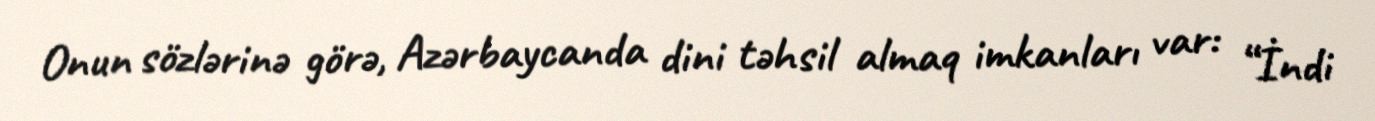
Onun sözlərinə görə, Azərbaycanda dini təhsil almaq imkanları var: “İndi